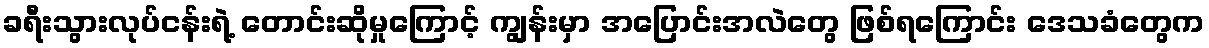
ခရီးသွားလုပ်ငန်းရဲ့ တောင်းဆိုမှုကြောင့် ကျွန်းမှာ အပြောင်းအလဲတွေ ဖြစ်ရကြောင်း ဒေသခံတွေက